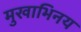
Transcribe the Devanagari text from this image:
मुखाभिनय